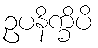
ဥပနိက္ခိပိ